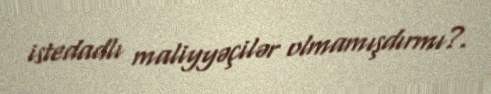
istedadlı maliyyəçilər olmamışdırmı?.